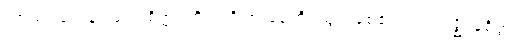
ကာယဝသေန၊ ဖြင့်။ စိတ္တံ၊ ကို။ ပရိဏာမေတိ၊ ညွတ်စေ၏။ ပါဒကဇ္ဈာနစိတ္တံ၊